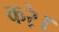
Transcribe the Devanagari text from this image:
करे़।